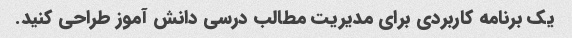
یک برنامه کاربردی برای مدیریت مطالب درسی دانش آموز طراحی کنید.